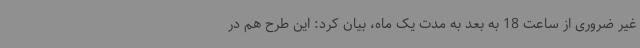
غیر ضروری از ساعت 18 به بعد به مدت یک ماه، بیان کرد: این طرح هم در